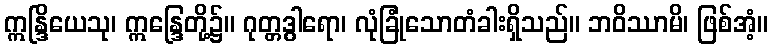
ဣန္ဒြိယေသု၊ ဣန္ဒြေတို့၌။ ဂုတ္တဒွါရော၊ လုံခြုံသောတံခါးရှိသည်။ ဘဝိဿာမိ၊ ဖြစ်အံ့။